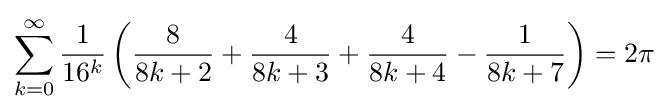
\sum _{k=0}^{\infty }{\frac {1}{16^{k}}}\left({\frac {8}{8k+2}}+{\frac {4}{8k+3}}+{\frac {4}{8k+4}}-{\frac {1}{8k+7}}\right)=2\pi